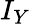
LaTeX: I_{Y}